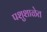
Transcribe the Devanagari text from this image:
पशुशाळेत